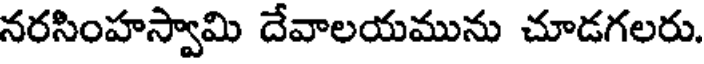
నరసింహస్వామి దేవాలయమును చూడగలరు.